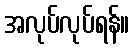
အလုပ်လုပ်ရန်။